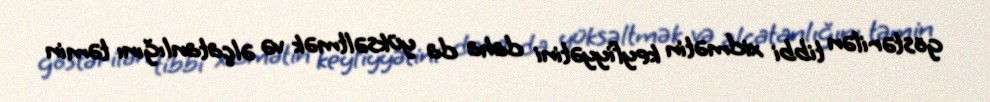
göstərilən tibbi xidmətin keyfiyyətini daha da yüksəltmək və əlçatanlığını təmin